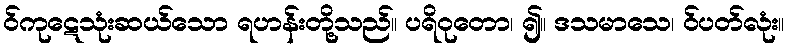
ဝ်ကုဋေသုံးဆယ်သော ရဟန်းတို့သည်။ ပရိဝုတော၊ ၍။ ဒသမာသေ၊ ဝ်ပတ်လုံး။